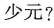
少元?